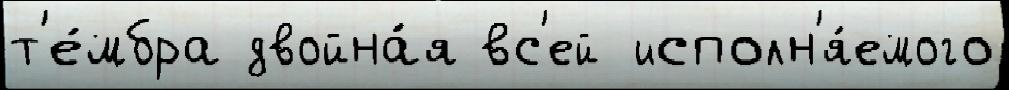
т'е́мбра двойна́я вс'ей исполн'я́емого